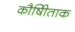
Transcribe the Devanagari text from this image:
कौषीिताक